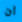
ان